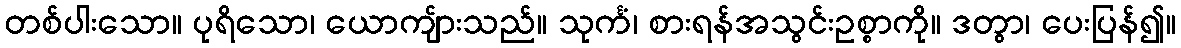
တစ်ပါးသော။ ပုရိသော၊ ယောကျ်ားသည်။ သုင်္ကံ၊ စားရန်အသွင်းဥစ္စာကို။ ဒတွာ၊ ပေးပြန်၍။